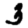
Digit: 3